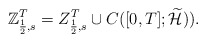
\begin{align*} \mathbb{Z}_{\frac{1}{2},s}^{T}=Z_{\frac{1}{2},s}^{T}\cup C([0,T];\widetilde{\mathcal{H}})). \end{align*}